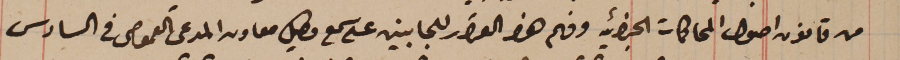
من قانون اصول المحاكمات الجزائيه وفهم هذا القرار للجانبين على سمع وكيل معاون المدعى العمومى فى السادس